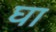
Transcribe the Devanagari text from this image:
घा